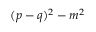
( p - q ) ^ { 2 } - m ^ { 2 }